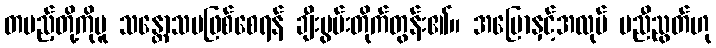
တပည့်တို့ကိုမူ သန္တောသမဖြစ်စေရန် ချီးမွမ်းတိုက်တွန်း၏။ အပြောနှင့်အလုပ် မညီညွတ်ဟု